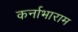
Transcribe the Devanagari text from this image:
कर्नाभाराम